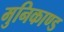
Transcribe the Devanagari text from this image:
मुनिकाण्ड